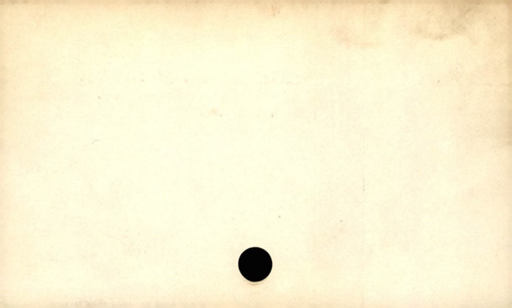
Label: divider